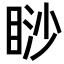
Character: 𥇇